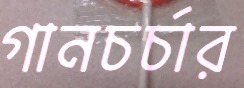
গানচর্চার